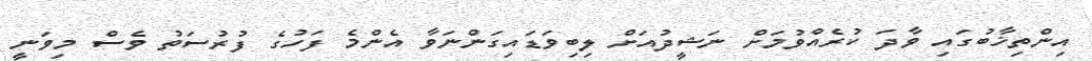
އިންތިޚާބުގައި ވާދަ ކުރެއްވުމަށް ނަޝީދުއަށް ލިބިވަޑައިގަންނަވާ އެންމެ ފަހުގެ ފުރުސަތު ވެސް މިވަނީ